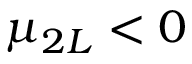
\mu _ { 2 L } < 0